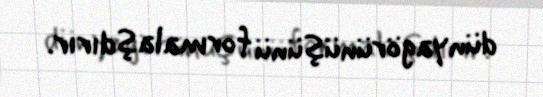
dünyagörünüşünü formalaşdırır.